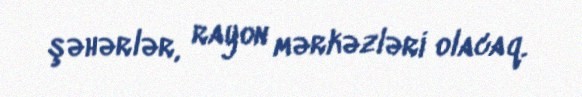
şəhərlər, rayon mərkəzləri olacaq.